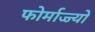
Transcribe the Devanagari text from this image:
फोर्माज्ज्यो